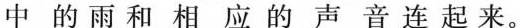
中的雨和相应的声音连起来。